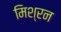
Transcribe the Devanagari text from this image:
मिश्रन